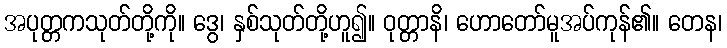
အပုတ္တကသုတ်တို့ကို။ ဒွေ၊ နှစ်သုတ်တို့ဟူ၍။ ဝုတ္တာနိ၊ ဟောတော်မူအပ်ကုန်၏။ တေန၊